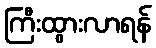
ကြီးထွားလာရန်